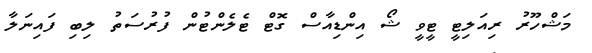
މަޝްހޫރު ރިއަލިޓީ ޓީވީ ޝޯ އިންޑިއާސް ގޮޓް ޓެލެންޓުން ފުރުސަތު ލިބި ފައިނަލާ